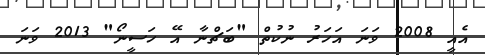
އެއީ 2008 ވަނަ އަހަރު ނުކުތް "ބަޗްނާ އޭ ހަސީނޯ" 2013 ވަނަ